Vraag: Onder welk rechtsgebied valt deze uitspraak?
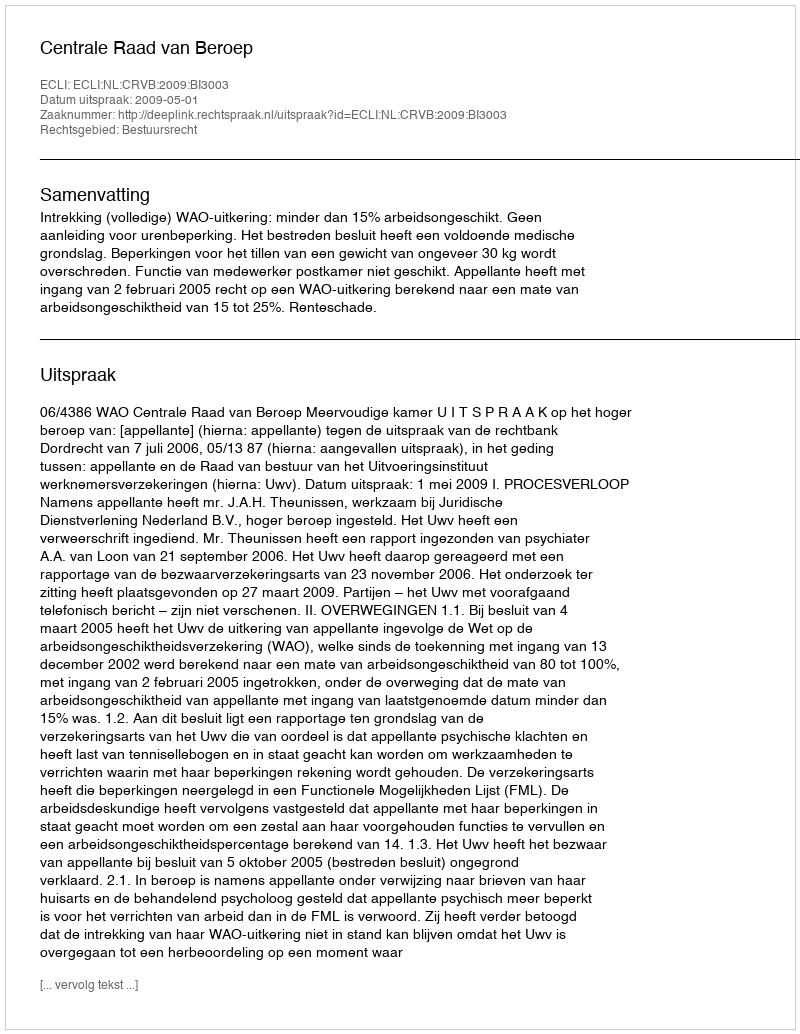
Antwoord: Bestuursrecht